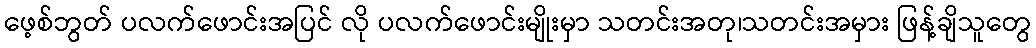
ဖေ့စ်ဘွတ် ပလက်ဖောင်းအပြင် လို ပလက်ဖောင်းမျိုးမှာ သတင်းအတု၊သတင်းအမှား ဖြန့်ချိသူတွေ